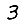
Digit: 3